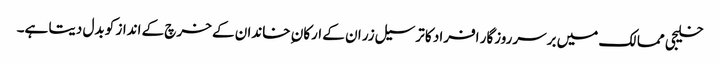
خلیجی ممالک میں برسرروزگار افراد کا ترسیل زر ان کے ارکان ِ خاندان کے خرچ کے انداز کو بدل دیتا ہے۔